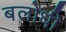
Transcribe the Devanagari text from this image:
बलोधी